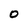
Character: O